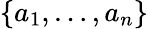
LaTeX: \{ a_{1},\dots,a_{n}\}